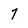
Character: 7